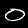
Digit: 0